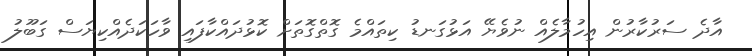
އާދެ ސަރުކާރުން އިހުމާލެއް ނުވެޔޭ އަޅުގަނޑު ކިތައްމެ ގޮތްގޮތަށް ކޮޅުދައްކާފައި ވާހަކަދެއްކިޔަސް ގަބޫލު